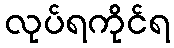
လုပ်ရကိုင်ရ